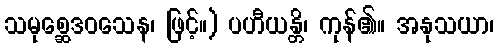
သမုစ္ဆေဒဝသေန၊ ဖြင့်။) ပဟီယန္တိ၊ ကုန်၏။ အနုသယာ၊